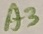
Text: A3